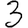
Digit: 3